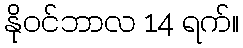
နိုဝင်ဘာလ 14 ရက်။